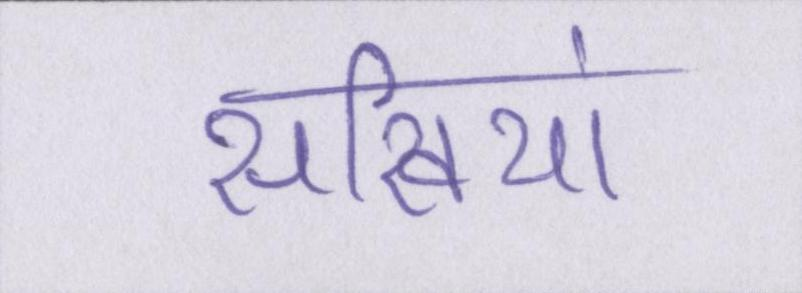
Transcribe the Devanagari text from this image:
सखियां